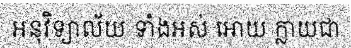
អនុវិទ្យាល័យ ទាំងអស់ អោយ ក្លាយជា